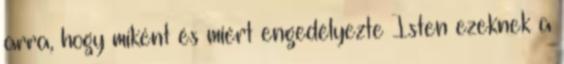
arra, hogy miként és miért engedélyezte Isten ezeknek a